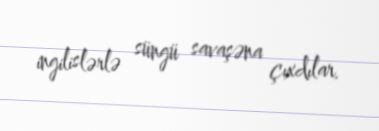
ingilislərlə süngü savaşəna çıxdılar.